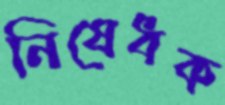
নিষেধক